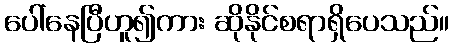
ပေါ်နေပြီဟူ၍ကား ဆိုနိုင်စရာရှိပေသည်။